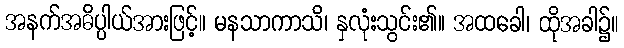
အနက်အဓိပ္ပါယ်အားဖြင့်။ မနသာကာသိ၊ နှလုံးသွင်း၏။ အထခေါ၊ ထိုအခါ၌။